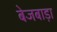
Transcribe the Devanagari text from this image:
बेजबाड़ा